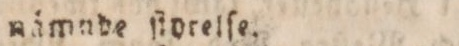
ſämnde ſtorelſe.